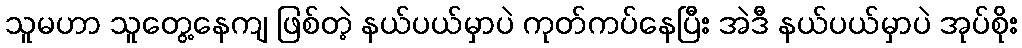
သူမဟာ သူတွေ့နေကျ ဖြစ်တဲ့ နယ်ပယ်မှာပဲ ကုတ်ကပ်နေပြီး အဲဒီ နယ်ပယ်မှာပဲ အုပ်စိုး